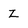
Character: z